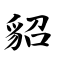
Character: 貂